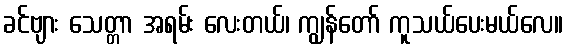
ခင်ဗျား သေတ္တာ အရမ်း လေးတယ်၊ ကျွန်တော် ကူသယ်ပေးမယ်လေ။